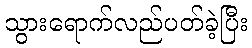
သွားရောက်လည်ပတ်ခဲ့ပြီး